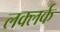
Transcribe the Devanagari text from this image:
लक्लर्क